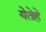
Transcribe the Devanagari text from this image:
येतेहे